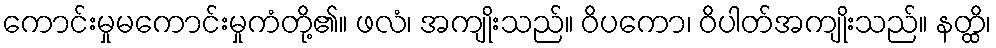
ကောင်းမှုမကောင်းမှုကံတို့၏။ ဖလံ၊ အကျိုးသည်။ ဝိပကော၊ ဝိပါတ်အကျိုးသည်။ နတ္ထိ၊